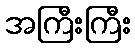
အကြီးကြီး